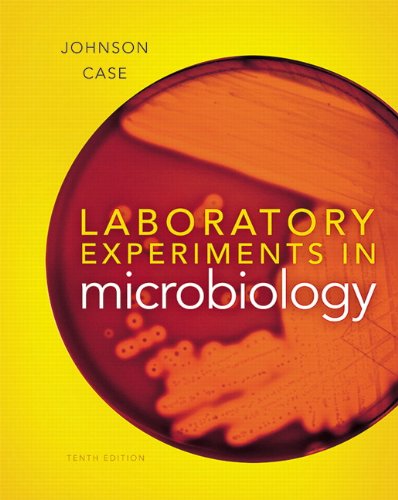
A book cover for Laboratory Experiments in Microbiology (10th Edition); Ted R. Johnson; Science & Math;